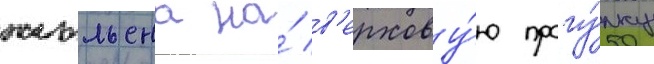
жюльена на́ в'ерхову́ю прогу́лку